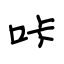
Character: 咔